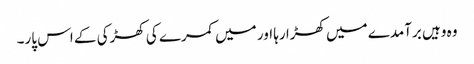
وہ وہیں برآمدے میں کھڑا رہا اور میں کمرے کی کھڑکی کے اس پار۔